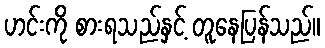
ဟင်းကို စားရသည်နှင့် တူနေပြန်သည်။